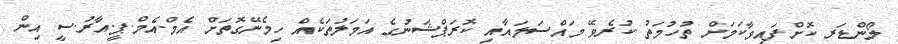
ލޯންޑަރ ކޮށްފައިވާކަމަށް ތުހުމަތު ކުރެވޭ މައްސަލައާއި ކޮރަޕްޝަނުގެ އަމަލުތަކެއް ހިމެނޭގޮތަށް އެމް.އެމް.ޕީ.އާރު.ސީ އިން